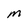
Character: M